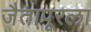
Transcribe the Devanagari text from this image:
जैतापूरला